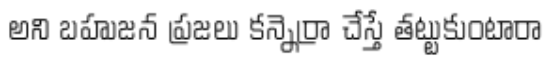
అని బహుజన ప్రజలు కన్నెర్రా చేస్తే తట్టుకుంటారా